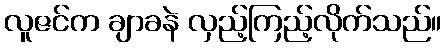
လူဇင်က ချာခနဲ လှည့်ကြည့်လိုက်သည်။